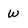
Character: W